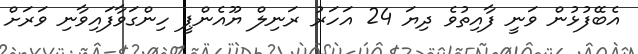
އެބޭފުޅުން ވަނީ ފާއިތުވެ ދިޔަ 24 އަހަރު ރަނިލް ޔޫއެންޕީ ހިންގަވާފައިވާނި ވަރަށް